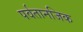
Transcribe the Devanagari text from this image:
पर्वतानजिक